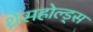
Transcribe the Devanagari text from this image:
थ्रेसहोल्ड्स